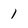
Character: 1